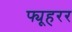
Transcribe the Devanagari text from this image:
फ्यूहरर